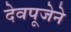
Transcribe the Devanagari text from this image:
देवपूजेने